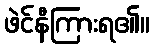
ဖဲင်နီကြားရ၏။